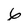
Character: 6